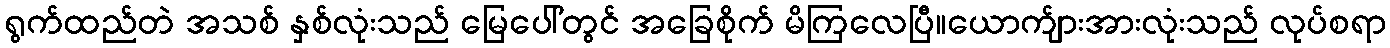
ရွက်ထည်တဲ အသစ် နှစ်လုံးသည် မြေပေါ်တွင် အခြေစိုက် မိကြလေပြီ။ယောက်ျားအားလုံးသည် လုပ်စရာ